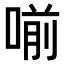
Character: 𠷁